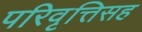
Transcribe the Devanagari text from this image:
परिवृत्तिसह